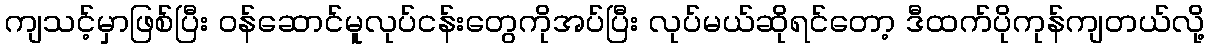
ကျသင့်မှာဖြစ်ပြီး ဝန်ဆောင်မူလုပ်ငန်းတွေကိုအပ်ပြီး လုပ်မယ်ဆိုရင်တော့ ဒီထက်ပိုကုန်ကျတယ်လို့